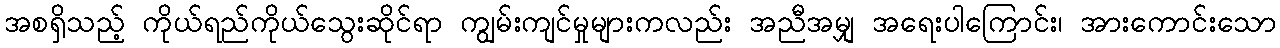
အစရှိသည့် ကိုယ်ရည်ကိုယ်သွေးဆိုင်ရာ ကျွမ်းကျင်မှုများကလည်း အညီအမျှ အရေးပါကြောင်း၊ အားကောင်းသော